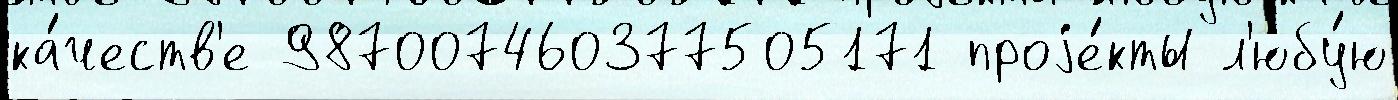
ка́честв'е 987007460377505171 проjе́кты л'юбу́ю